Scottish Leaving Certificate Examination, 1959
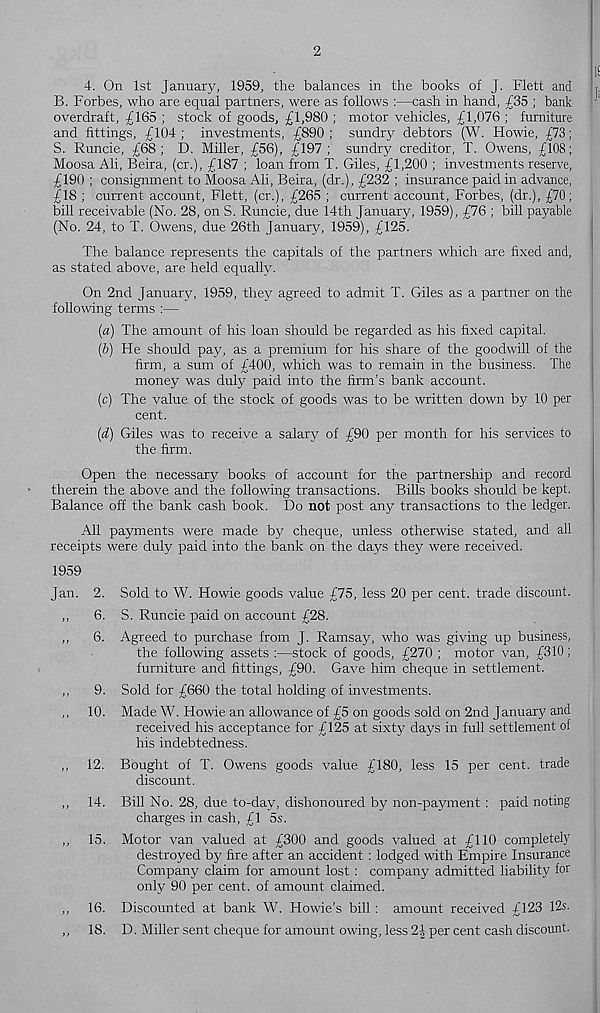
2
4. On 1st January, 1959, the balances in the books of J. Flett and
B. Forbes, who are equal partners, were as follows :—cash in hand, £35 ; bank
overdraft, £165 ; stock of goods, £1,980 ; motor vehicles, £1,076 ; furniture
and fittings, £104 ; investments, £890 ; sundry debtors (W. Howie, £73;
S. Runcie, £68; D. Miller, £56), £197; sundry creditor, T. Owens, £108;
Moosa Ali, Beira, (cr.), £187 ; loan from T. Giles, £1,200 ; investments reserve,
£190 ; consignment to Moosa Ali, Beira, (dr.), £232 ; insurance paid in advance,
£18 ; current account, Flett, (cr.), £265 ; current account, Forbes, (dr.), £70;
bill receivable (No. 28, on S. Runcie, due 14th January, 1959), £76 ; bill payable
(No. 24, to T. Owens, due 26th January, 1959), £125.
The balance represents the capitals of the partners which are fixed and,
as stated above, are held equally.
On 2nd January, 1959, they agreed to admit T. Giles as a partner on the
following terms :—
(а) The amount of his loan should be regarded as his fixed capital.
(б) He should pay, as a premium for his share of the goodwill of the
firm, a sum of £400, which was to remain in the business. The
money was duly paid into the firm’s bank account.
(c) The value of the stock of goods was to be written down by 10 per
cent.
(d) Giles was to receive a salary of £90 per month for his services to
the firm.
Open the necessary books of account for the partnership and record
therein the above and the following transactions. Bills books should be kept.
Balance off the bank cash book. Do not post any transactions to the ledger.
All payments were made b}r cheque, unless otherwise stated, and all
receipts were duly paid into the bank on the days they were received.
1959
Jan. 2. Sold to W. Howie goods value £75, less 20 per cent, trade discount.
,,
6. S. Runcie paid on account £28.
,,
6. Agreed to purchase from J. Ramsay, who was giving up business,
the following assets :—stock of goods, £270 ; motor van, £310;
furniture and fittings, £90. Gave him cheque in settlement.
,,
9. Sold for £660 the total holding of investments.
,, 10. Made W. Howie an allowance of £5 on goods sold on 2nd January and
received his acceptance for £125 at sixty days in full settlement of
his indebtedness.
,, 12. Bought of T. Owens goods value £180, less 15 per cent, trade
discount.
,, 14. Bill No. 28, due to-day, dishonoured by non-payment : paid noting
charges in cash, £1 5s.
,, 15. Motor van valued at £300 and goods valued at £110 completely
destroyed by fire after an accident : lodged with Empire Insurance
Company claim for amount lost : company admitted liability for
only 90 per cent, of amount claimed.
,, 16. Discounted at bank W. Howie’s bill : amount received £123 12s.
,, 18. D. Miller sent cheque for amount owing, less 2-1 per cent cash discount.